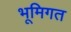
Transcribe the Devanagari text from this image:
भूमिगत